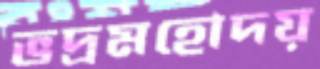
ভদ্রমহোদয়